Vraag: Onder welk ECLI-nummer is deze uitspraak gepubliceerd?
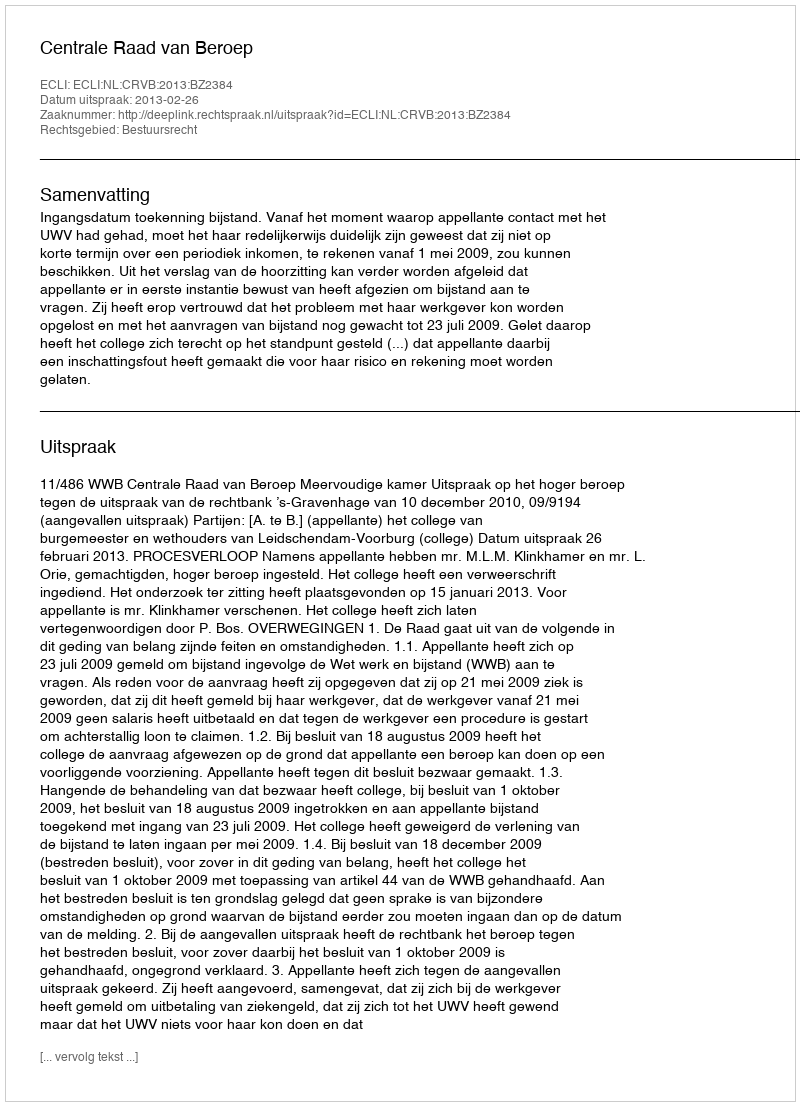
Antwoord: ECLI:NL:CRVB:2013:BZ2384